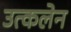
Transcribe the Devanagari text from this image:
उत्कलेन